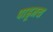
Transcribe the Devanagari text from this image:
पाडूनच